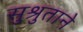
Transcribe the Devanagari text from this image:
सुश्रुताने